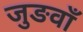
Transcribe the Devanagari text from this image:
जुङवाँ